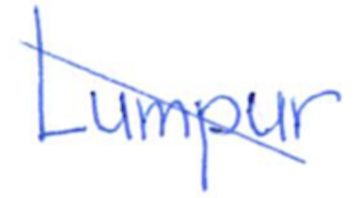
Text: Lumpur
Cross-out: diagonal
Writing tool: ballpoint